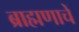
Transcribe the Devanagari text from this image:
ब्राह्मणाचें